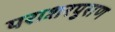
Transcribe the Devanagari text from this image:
पराशरपुराण